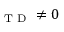
_ { \mathrm { ~ T ~ D ~ } } \neq 0